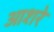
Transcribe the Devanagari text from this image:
आशरे